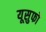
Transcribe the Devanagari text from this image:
यूसुफो